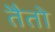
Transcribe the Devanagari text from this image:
तैतो